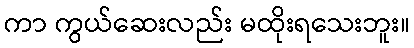
ကာ ကွယ်ဆေးလည်း မထိုးရသေးဘူး။